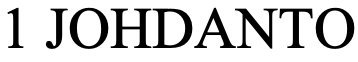
1 JOHDANTO